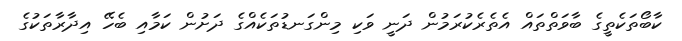
ކާބޯތަކެތީގެ ބާވަތްތައް އެތެރެކުރަމުން ދަނީ ވަކި މިންގަނޑުތަކެއްގެ ދަށުން ކަމާއި ބެހޭ އިދާރާތަކުގެ